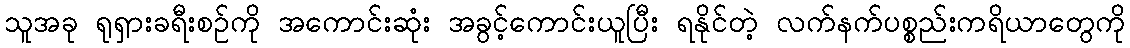
သူအခု ရုရှားခရီးစဉ်ကို အကောင်းဆုံး အခွင့်ကောင်းယူပြီး ရနိုင်တဲ့ လက်နက်ပစ္စည်းကရိယာတွေကို